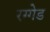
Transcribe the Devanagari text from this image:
रग्गेड